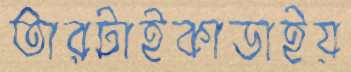
তারটাইকাডাইয়